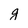
Character: g